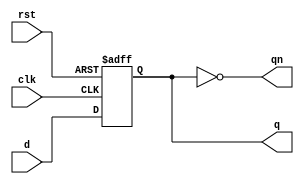
// dff

module dff ( input wire d,
              input wire rst,
              input wire clk,
              output reg q,
              output wire qn);
	
      initial begin
        q <= 0;
      end

      always @ (posedge clk or posedge rst)
            if (rst)
                  q <= 0;
            else
                  q <= d;
      
      assign qn = ~q;

endmodule